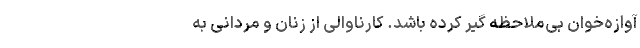
آوازه‌خوانِ بی‌ملاحظه گیر کرده باشد. کارناوالی از زنان و مردانی به